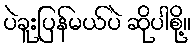
ပဲခူးပြန်မယ်ပဲ ဆိုပါစို့။